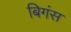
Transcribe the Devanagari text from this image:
बिगंस